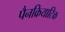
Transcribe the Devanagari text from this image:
पैनक्रियाटिक